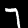
Digit: 7